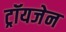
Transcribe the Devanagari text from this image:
ट्रॉयजेन